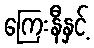
ကြေးနီနှင့်